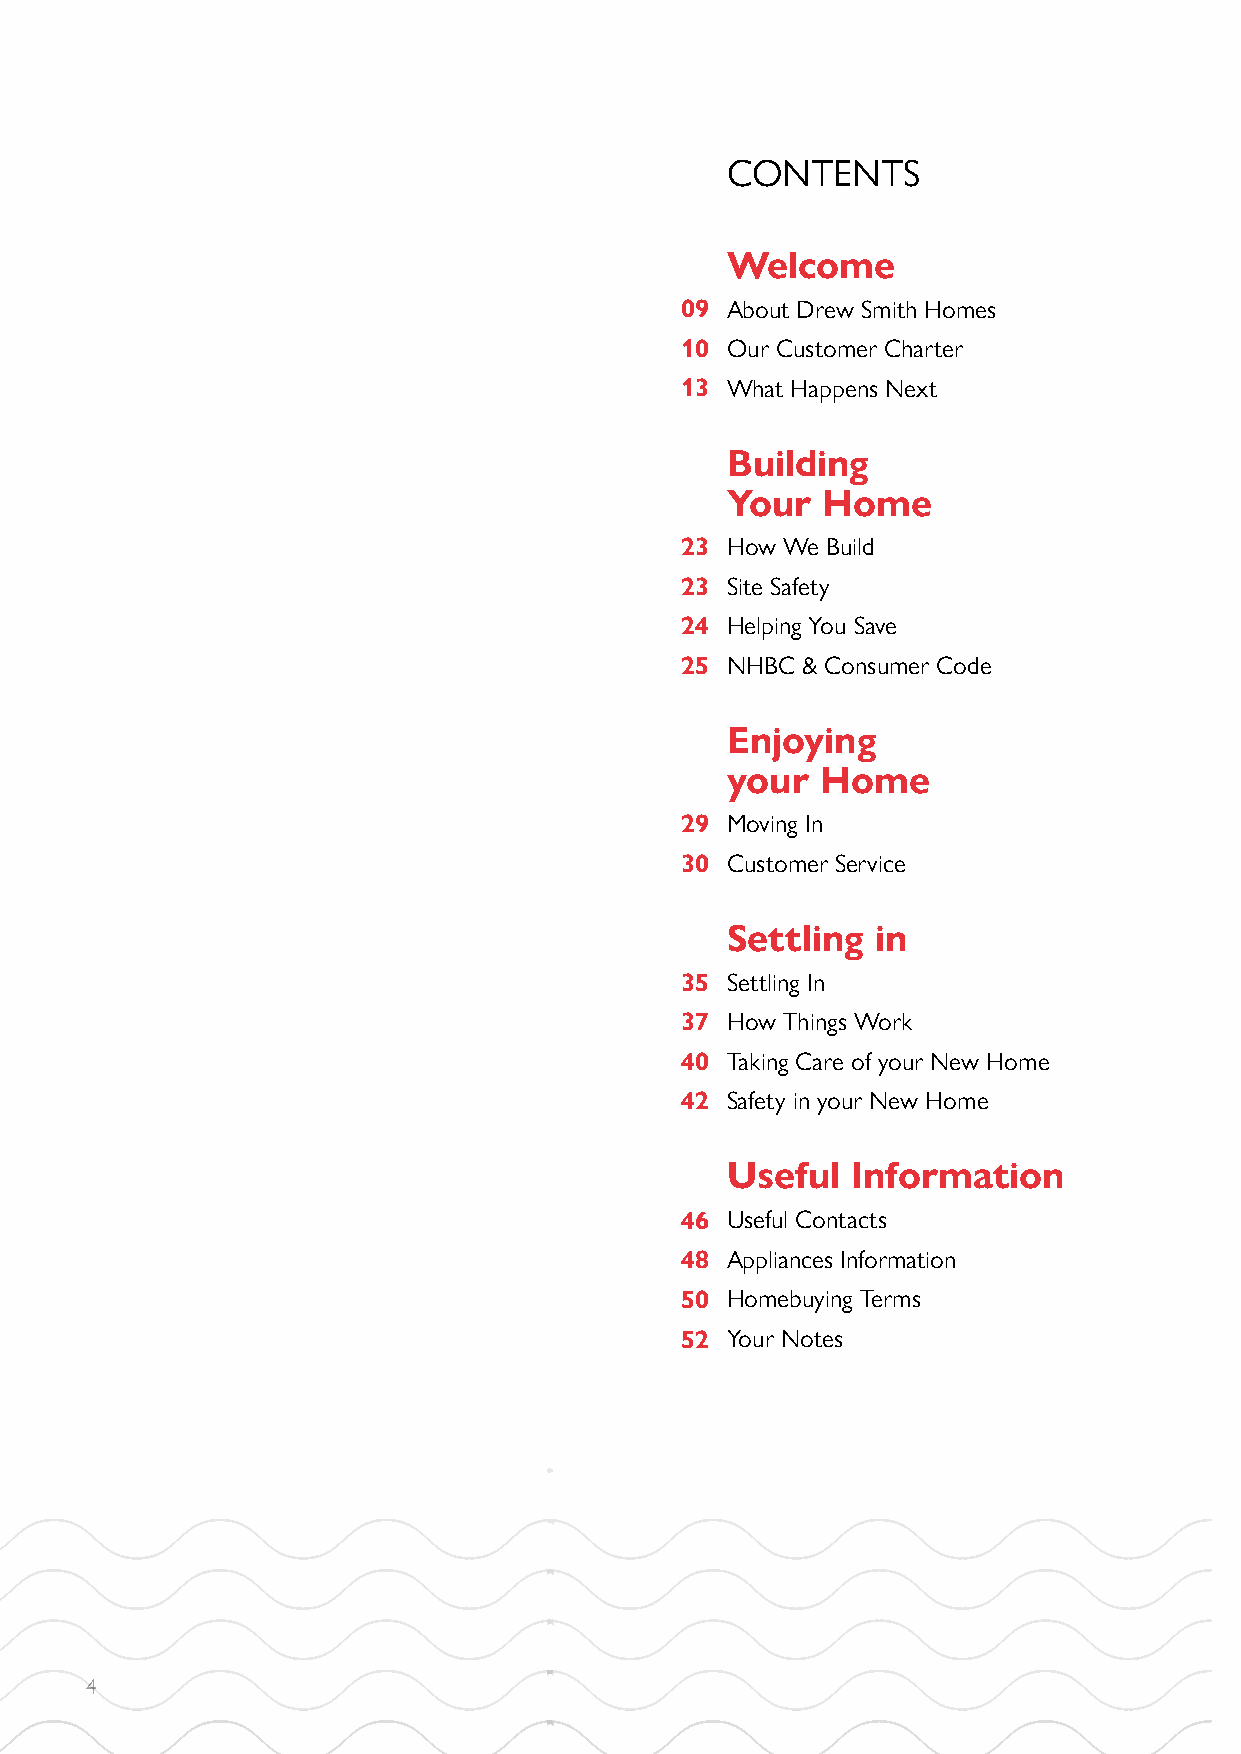
CONTENTS
 Welcome
 09 About Drew Smith Homes
 10 Our Customer Charter
 13 What Happens Next
 Building
 Your  Home
 23 How We Build
 23 Site Safety
 24 Helping You Save
 25 NHBC & Consumer Code
 Enjoying
 your  Home
 29 Moving In
 30 Customer Service
 Settling  in
 35 Settling In
 37 How Things Work
 40 Taking Care of your New Home
 42 Safety in your New Home
 Useful  Information
 46 Useful Contacts
 48 Appliances Information
 50 Homebuying Terms
 52 Your Notes
 4